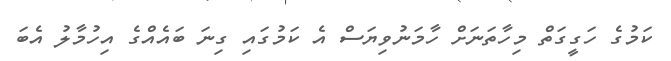
ކަމުގެ ހަގީގަތް މިހާތަނަށް ހާމަނުވިޔަސް އެ ކަމުގައި ގިނަ ބައެއްގެ އިހުމާލު އެބަ